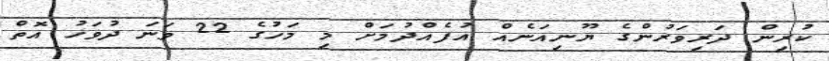
ކުރިން ދަރިވަރުންގެ ޔޫނިއަނެއް އުފެއްދުމަށް މި މަހުގެ 22 ވަނަ ދުވަހު އޮތް